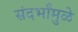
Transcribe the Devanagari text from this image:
संदर्भांमुळे